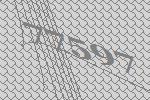
77597